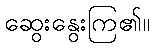
ဆွေးနွေးကြ၏။